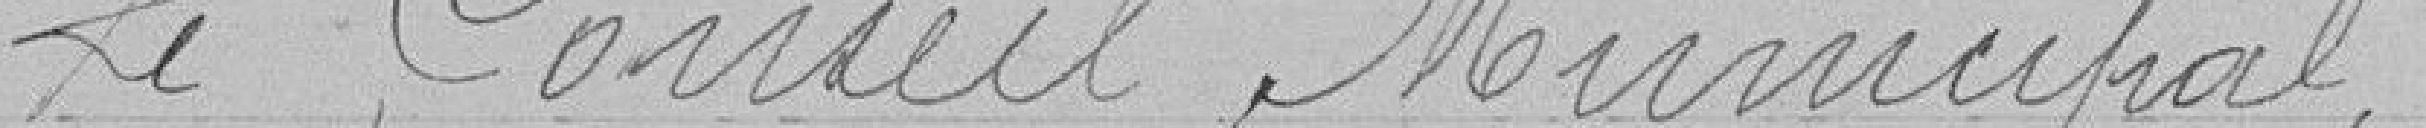
Le Conseil Municipal,